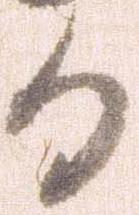
か